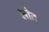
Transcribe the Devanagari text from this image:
लोद